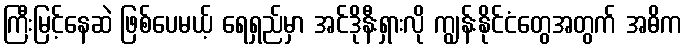
ကြီးမြင့်နေဆဲ ဖြစ်ပေမယ့် ရေရှည်မှာ အင်ဒိုနီးရှားလို ကျွန်းနိုင်ငံတွေအတွက် အဓိက